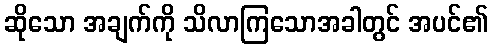
ဆိုသော အချက်ကို သိလာကြသောအခါတွင် အပင်၏